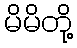
မိမိတို့